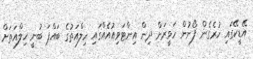
އޭޑީކޭގައި ހުރެގެން ފޯނުން ހަވީރަށް ދިން އިންޓަވިއުއެއްގައި ހިލްއަތުގެ ބައްޕަ ބުނީ ހިލްއަތަށް